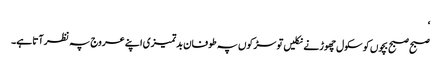
‘
صبح صبح بچوں کو سکول چھوڑنے نکلیں تو سڑکوں پہ طوفان بدتمیزی اپنے عروج پہ نظر آتا ہے۔